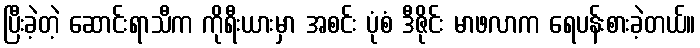
ပြီးခဲ့တဲ့ ဆောင်းရာသီက ကိုရီးယားမှာ အစင်း ပုံစံ ဒီဇိုင်း မာဖလာက ရေပန်းစားခဲ့တယ်။